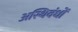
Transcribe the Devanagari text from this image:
अस्थिवंधों